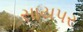
સાયપર